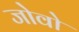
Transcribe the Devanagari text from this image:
जोवो